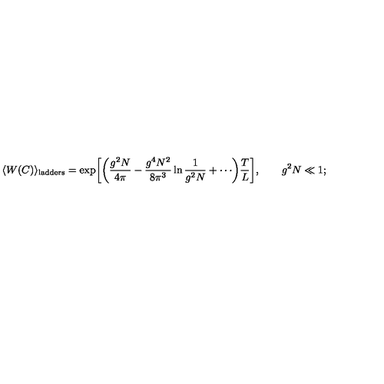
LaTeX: \langle W ( C ) \rangle _ { \mathrm { l a d d e r s } } = \exp \biggl [ \biggl ( \frac { g ^ { 2 } N } { 4 \pi } - \frac { g ^ { 4 } N ^ { 2 } } { 8 \pi ^ { 3 } } \ln \frac { 1 } { g ^ { 2 } N } + \cdots \biggr ) \frac { T } { L } \biggr ] , \qquad g ^ { 2 } N \ll 1 ;